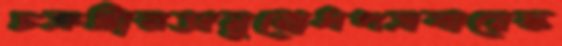
চক্রটারঅনুরোধপত্রবায়েস্ক